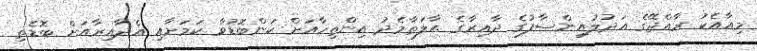
މިއާއެކު ރާއްޖޭގެ އަދުލުއިންސާފުގެ ދާއިރާގެ ޙާލަތާމެދު އިންތިހާއަށް ކަންބޮޑުވާ ކަމަށާއި އެދާއިރާއަށް ބޮޑެތި